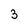
Character: 3